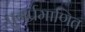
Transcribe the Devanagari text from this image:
पुनर्प्रमाणित